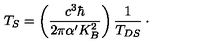
T _ { S } = \left( \frac { c ^ { 3 } \hbar } { 2 \pi \alpha ^ { \prime } K _ { B } ^ { 2 } } \right) \frac { 1 } { T _ { D S } } \: \cdot